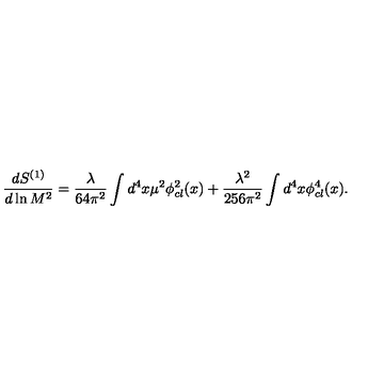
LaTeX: { \frac { d S ^ { ( 1 ) } } { d \ln M ^ { 2 } } } = { \frac { \lambda } { 6 4 \pi ^ { 2 } } } \int d ^ { 4 } x \mu ^ { 2 } \phi _ { c l } ^ { 2 } ( x ) + { \frac { \lambda ^ { 2 } } { 2 5 6 \pi ^ { 2 } } } \int d ^ { 4 } x \phi _ { c l } ^ { 4 } ( x ) .